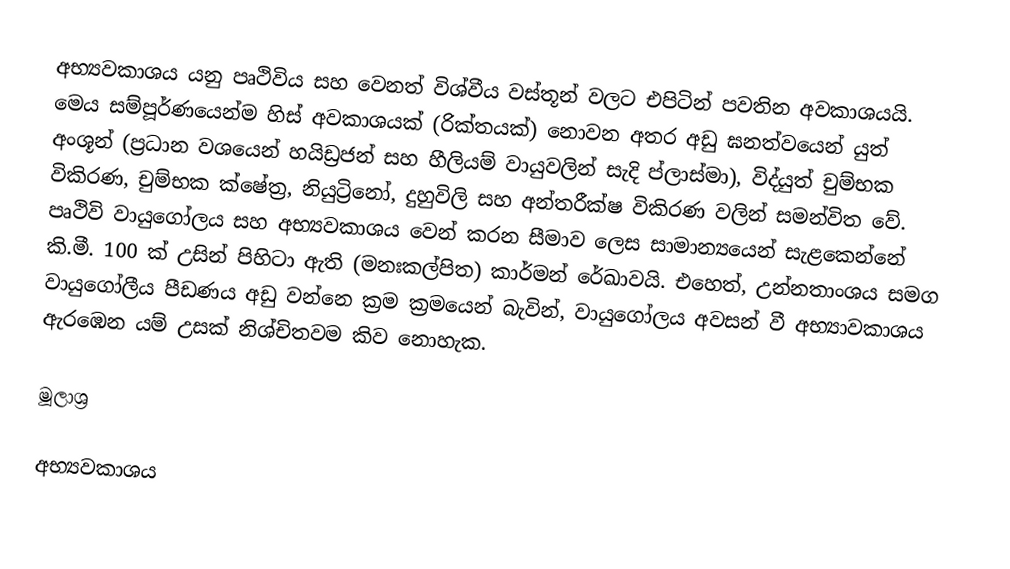
අභ්‍යවකාශය යනු පෘථිවිය සහ වෙනත් විශ්වීය වස්තූන් වලට එපිටින් පවතින අවකාශයයි. මෙය සම්පූර්ණයෙන්ම හිස් අවකාශයක් (රික්තයක්) නොවන අතර අඩු ඝනත්වයෙන් යුත් අංශූන් (ප්‍රධාන වශයෙන් හයිඩ්‍රජන් සහ හීලියම් වායුවලින් සැදි ප්ලාස්මා), විද්යුත් චුම්භක විකිරණ, චුම්භක ක්ෂේත්‍ර, නියුට්‍රිනෝ, දුහුවිලි සහ අන්තරීක්ෂ විකිරණ වලින් සමන්විත වේ. පෘථිවි වායුගෝලය සහ අභ්‍යවකාශය වෙන් කරන සීමාව ලෙස සාමාන්‍යයෙන් සැළකෙන්නේ කි.මී. 100 ක් උසින් පිහිටා ඇති (මනඃකල්පිත) කාර්මන් රේඛාවයි. එහෙත්, උන්නතාංශය සමග වායුගෝලීය පීඩණය අඩු වන්නෙ ක්‍රම ක්‍රමයෙන් බැවින්, වායුගෝලය අවසන් වී අභ්‍යාවකාශය ඇරඹෙන යම් උසක් නිශ්චිතවම කිව නොහැක.

මූලාශ්‍ර

අභ්‍යවකාශය